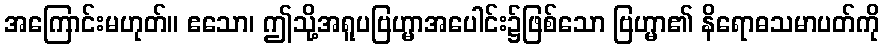
အကြောင်းမဟုတ်။ ဧသော၊ ဤသို့အရူပဗြဟ္မာအပေါင်း၌ဖြစ်သော ဗြဟ္မာ၏ နိရောဓသမာပတ်ကို